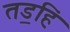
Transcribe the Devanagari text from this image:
तड॒हिं